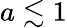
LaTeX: a\lesssim 1